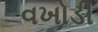
વખોડી